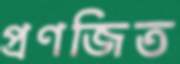
প্রণজিত